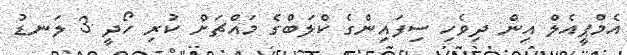
އެމްޕީއެލް އިން ދިވެހި ސިފައިންގެ ކްލަބްގެ މައްޗަށް ކުރި ހޯދީ 3 ލަނޑު